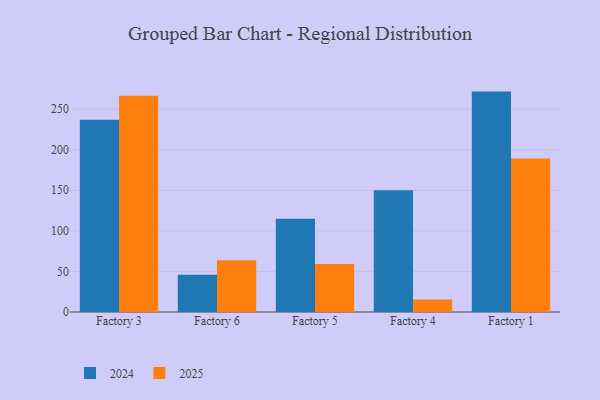
{"axis": {"x": "Factory", "y": "Tickets Resolved"}, "legend": ["2024", "2025"], "data": [{"x": "Factory 3", "y": 266.5, "type": "2025"}, {"x": "Factory 3", "y": 236.9, "type": "2024"}, {"x": "Factory 6", "y": 63.9, "type": "2025"}, {"x": "Factory 6", "y": 46.0, "type": "2024"}, {"x": "Factory 5", "y": 59.3, "type": "2025"}, {"x": "Factory 5", "y": 115.0, "type": "2024"}, {"x": "Factory 4", "y": 15.5, "type": "2025"}, {"x": "Factory 4", "y": 150.1, "type": "2024"}, {"x": "Factory 1", "y": 189.3, "type": "2025"}, {"x": "Factory 1", "y": 271.6, "type": "2024"}]}